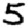
Digit: 5